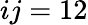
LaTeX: ij=12